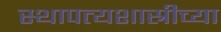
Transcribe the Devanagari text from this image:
स्थापत्यशास्रीच्या